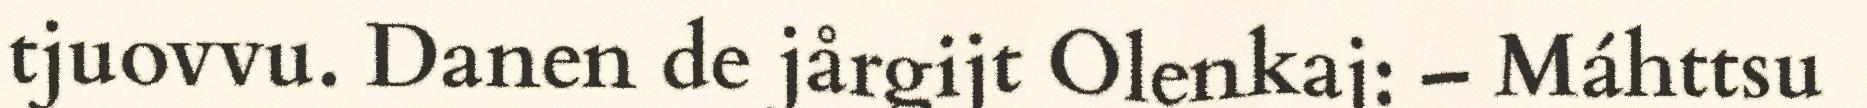
tjuovvu. Danen de jårgijt Olenkaj: – Máhttsu